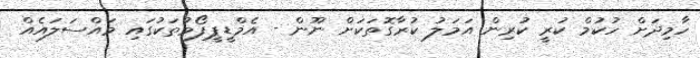
ހާމިދަށް ހުކުމް ކުރީ ކުރިން އަމަލު ކުރާގޮތަކަށް ނޫން - އެމްޑީޕީފޯމުތަކުގައި މައްސަލައެއް